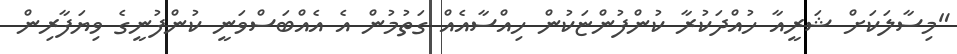
"މިސާލަކަށް ޝަރީއާ ހުއްދަކުރާ ކުންފުންޏަކުން ހިއްސާއެއް ގަތުމުން އެ އެއްބަސްވަނީ ކުންފުނީގެ ވިޔަފާރިން